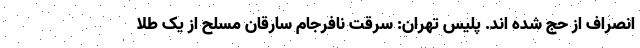
انصراف از حج شده اند. پلیس تهران: سرقت نافرجام سارقان مسلح از یک طلا